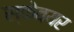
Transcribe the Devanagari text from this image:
स्केवयर